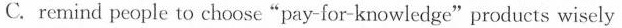
C. remind people to choose "pay-for-knowledge"products wisely